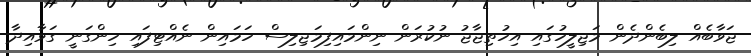
ޖަވާބެއް ލިބެންދެން މަޖިލީހުގައި އިހުތިޖާޖު ނުކުރަން ނިންމައިފިމަޖިލިސް ހަމައިން ނެއްޓިފައި ހިންގަނީ ގަވާއިދާ